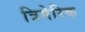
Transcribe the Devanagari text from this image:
त्रिमेरिक